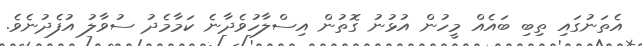
އެތަނުގައި ތިބި ބައެއް މީހުން އުޅުނު ގޮތުން އިސްލާހުވެދާނެ ކަމާމެދު ސުވާލު އުފެދުނެވެ.